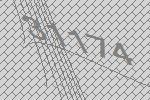
31174